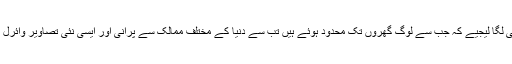
ماحول کو آلودہ کرنے میں ہم انسانوں کے کردار کا اندازہ اس بات سے ہی لگا لیجیے کہ جب سے لوگ گھروں تک محدود ہوئے ہیں تب سے دنیا کے مختلف ممالک سے پرانی اور ایسی نئی تصاویر وائرل ہورہی ہیں جن میں فضائی آلودگی میں آنے والا فرق واضح نظر آرہا ہے۔